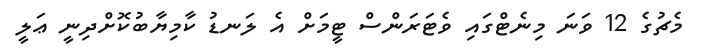
މެޗުގެ 12 ވަނަ މިނެޓްގައި ވެޓަރަންސް ޓީމަށް އެ ލަނޑު ކާމިޔާބުކޮށްދިނީ ޢަލީ